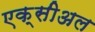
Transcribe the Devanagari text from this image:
एक्सीअल